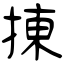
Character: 㨂